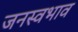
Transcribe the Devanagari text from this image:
जनस्वभाव